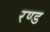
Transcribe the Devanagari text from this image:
रण्ड